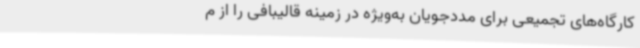
کارگاه‌های تجمیعی برای مددجویان به‌ویژه در زمینه قالیبافی را از م